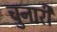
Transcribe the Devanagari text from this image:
चुनारी